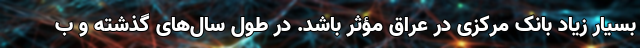
بسیار زیاد بانک مرکزی در عراق مؤثر باشد. در طول سال‌های گذشته و ب